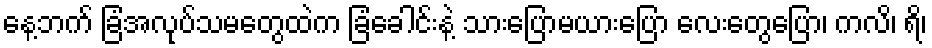
နေ့ဘက် ခြံအလုပ်သမတွေထဲက ခြံခေါင်းနဲ့ သားပြောမယားပြော လေးတွေပြော၊ ကလိ၊ ရိ၊